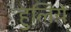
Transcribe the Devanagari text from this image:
हुलिये